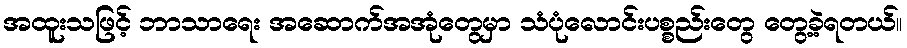
အထူးသဖြင့် ဘာသာရေး အဆောက်အအုံတွေမှာ သံပုံလောင်းပစ္စည်းတွေ တွေ့ခဲ့ရတယ်။